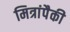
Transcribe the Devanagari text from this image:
मित्रांपैकी